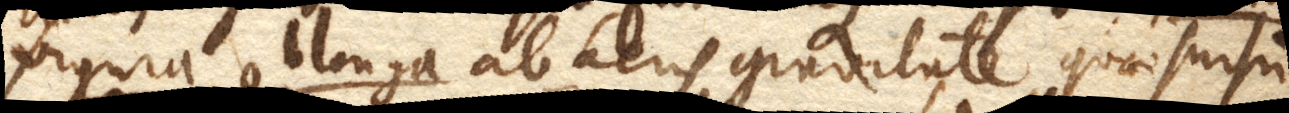
figura oblonga ab aeris gravitate quae sursum